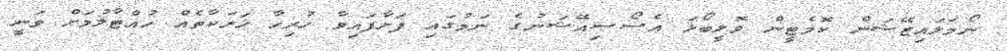
ނޯމަލައިޒޭޝަން ކޮމެޓީން ވޮލީބޯޅަ އެސޯސިއޭޝަނުގެ ނަމުގައި ފަށާފައިވާ ހުރިހާ ހަރަކާތެއް ހުއްޓާލުމަށް ވަނީ